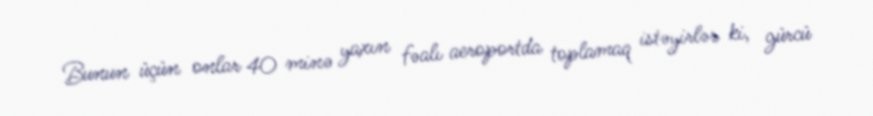
Bunun üçün onlar 40 minə yaxın fəalı aeroportda toplamaq istəyirlər ki, gürcü